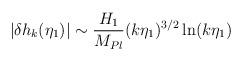
LaTeX: \begin{align*}\left|\delta {h_k}(\eta_{1})\right| \sim {H_1\over M_{Pl}} (k\eta_1)^{3/2} \ln(k\eta_1)\end{align*}